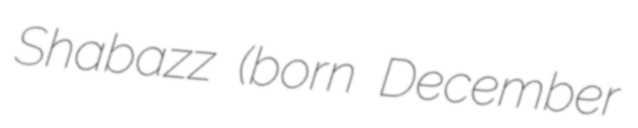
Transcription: Shabazz (born December